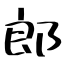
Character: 郎